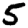
Digit: 5